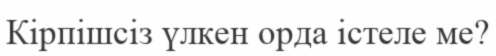
Кірпішсіз үлкен орда істеле ме?